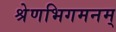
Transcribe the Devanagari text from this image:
श्रेणभिगमनम्